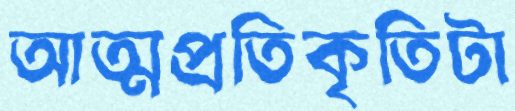
আত্মপ্রতিকৃতিটা